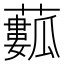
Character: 𧁾